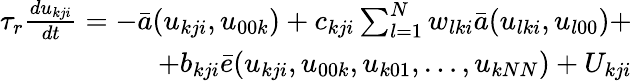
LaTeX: \begin{array}{r}{\tau_{r}\frac{du_{kji}}{dt}=-\bar{a}(u_{kji},u_{00k})+c_{kji}\sum_{l=1}^{N}w_{lki}\bar{a}(u_{lki},u_{l00})+}\\ {+b_{kji}\bar{e}(u_{kji},u_{00k},u_{k01},\dots,u_{kNN})+U_{kji}}\end{array}